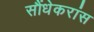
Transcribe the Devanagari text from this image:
सौंधेकरांस